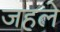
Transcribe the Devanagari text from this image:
जहले